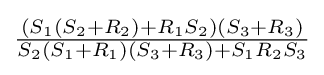
{\tfrac {(S_{1}(S_{2}+R_{2})+R_{1}S_{2})(S_{3}+R_{3})}{S_{2}(S_{1}+R_{1})(S_{3}+R_{3})+S_{1}R_{2}S_{3}}}